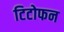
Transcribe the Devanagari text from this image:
टिटोफन